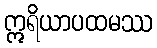
ဣရိယာပထမဿ